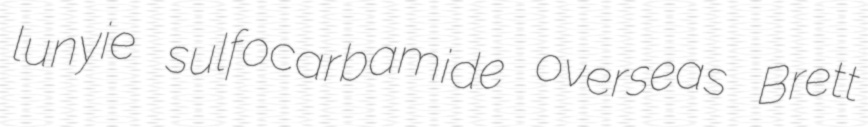
lunyie sulfocarbamide overseas Brett